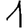
Digit: 1